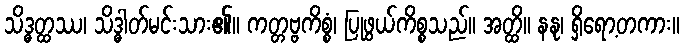
သိဒ္ဓတ္ထဿ၊ သိဒ္ဓါတ်မင်းသား၏။ ကတ္တဗ္ဗကိစ္စံ၊ ပြုဖွယ်ကိစ္စသည်။ အတ္ထိ။ နနု၊ ရှိရော့တကား။